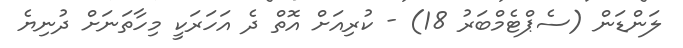
ލަންޑަން (ސެޕްޓެމްބަރު 18) - ކުރިއަށް އޮތް ދެ އަހަރަކީ މިހާތަނަށް ދުނިޔެ